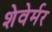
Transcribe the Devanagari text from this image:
शेवेर्मर